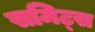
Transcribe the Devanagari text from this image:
समिट्स